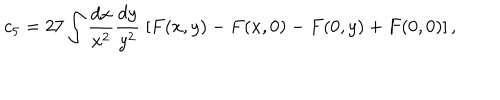
c _ { 5 } = 2 7 \int \frac { d x } { x ^ { 2 } } \frac { d y } { y ^ { 2 } } \; \left[ F ( x , y ) - F ( x , 0 ) - F ( 0 , y ) + F ( 0 , 0 ) \right] ,